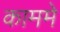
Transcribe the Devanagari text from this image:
काममे